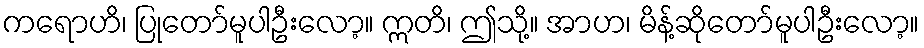
ကရောဟိ၊ ပြုတော်မူပါဦးလော့။ ဣတိ၊ ဤသို့။ အာဟ၊ မိန့်ဆိုတော်မူပါဦးလော့။